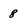
Character: 8